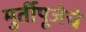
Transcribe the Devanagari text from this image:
मुर्तीपूजेचे